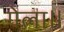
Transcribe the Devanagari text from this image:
गेला॥